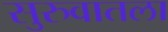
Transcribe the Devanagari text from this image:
सुरुवातला